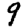
Digit: 9